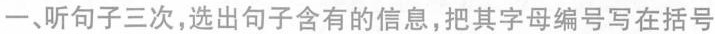
一、听句子三次,选出句子含有的信息,把其字母编号写在括号